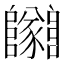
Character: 𨽡